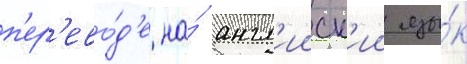
п'ер'ево́д'е на́ англ'ииск'ии язы́к